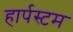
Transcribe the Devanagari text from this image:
हार्पस्टम